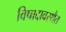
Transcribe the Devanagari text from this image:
विषादावस्थैत